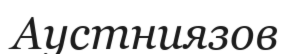
Аустниязов